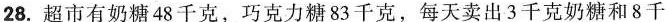
28.超市有奶糖48千克，巧克力糖83千克，每天卖出3千克奶糖和8千